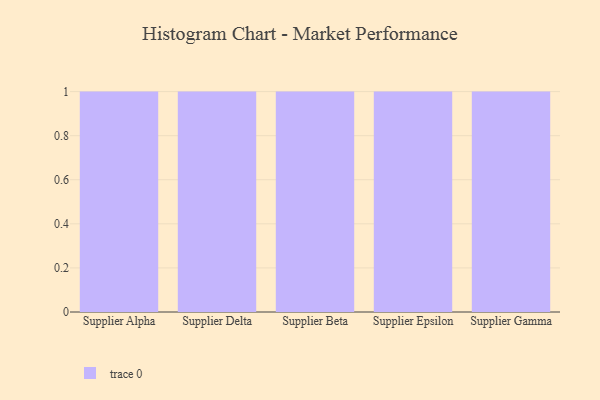
{"axis": {"x": "Supplier", "y": "Waste Production (Tons)"}, "legend": [""], "data": [{"x": "Supplier Alpha", "y": 72, "type": ""}, {"x": "Supplier Delta", "y": 99, "type": ""}, {"x": "Supplier Beta", "y": 72, "type": ""}, {"x": "Supplier Epsilon", "y": 65, "type": ""}, {"x": "Supplier Gamma", "y": 64, "type": ""}]}